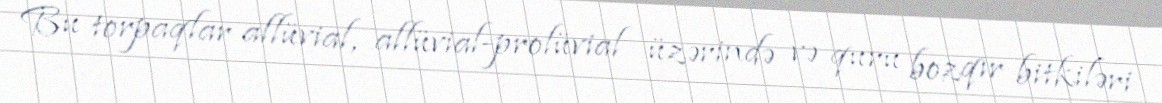
Bu torpaqlar allüvial, allüvial-prolüvial üzərində və quru bozqır bitkiləri